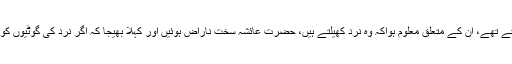
اسی طرح حضرت عائشہ رضی اللہ عنہا کے ایک گھر میں کرایہ دار رہتے تھے، ان کے متعلق معلوم ہواکہ وہ نرد کھیلتے ہیں، حضرت عائشہ سخت ناراض ہوئیں اور کہلا بھیجا کہ اگر نرد کی گوٹیوں کو میرے گھر سے باہر نہ پھینکو گے تو میں اپنے گھر سے نکال دوں گی۔